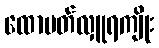
ထောပတ်လှူရကျိုး